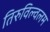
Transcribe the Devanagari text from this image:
तिरुविल्वलम